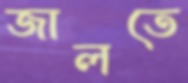
জালতে